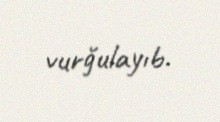
vurğulayıb.